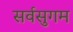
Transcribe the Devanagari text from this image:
सर्वसुगम